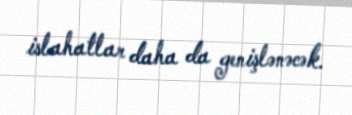
islahatlar daha da genişlənəcək.